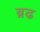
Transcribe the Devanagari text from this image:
ब़ढ